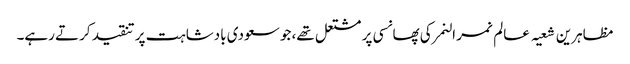
مظاہرین شعیہ عالم نمر النمر کی پھانسی پر مشتعل تھے، جو سعودی بادشاہت پر تنقید کرتے رہے۔